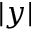
| y |